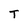
Character: T